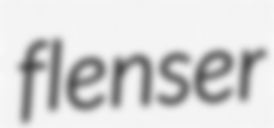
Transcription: flenser